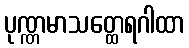
ပုဏ္ဏမာသတ္ထေရဂါထာ